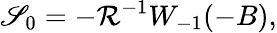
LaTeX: \mathscr{S}_{0}=-\mathcal{{R}}^{-1}W_{-1}(-B),